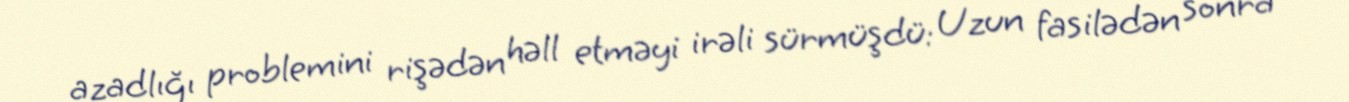
azadlığı problemini rişədən həll etməyi irəli sürmüşdü: Uzun fasilədən sonra